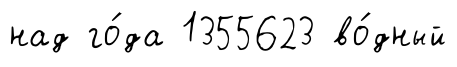
над го́да 1355623 во́дный